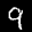
Label: 9